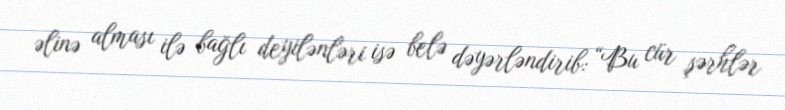
əlinə alması ilə bağlı deyilənləri isə belə dəyərləndirib: “Bu cür şərhlər